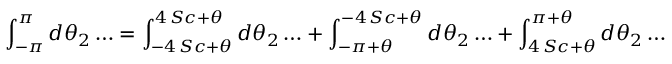
\int _ { - \pi } ^ { \pi } d \theta _ { 2 } \ldots = \int _ { - 4 \, S c + \theta } ^ { 4 \, S c + \theta } d \theta _ { 2 } \ldots + \int _ { - \pi + \theta } ^ { - 4 \, S c + \theta } d \theta _ { 2 } \ldots + \int _ { 4 \, S c + \theta } ^ { \pi + \theta } d \theta _ { 2 } \ldots